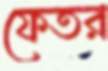
ফেতর